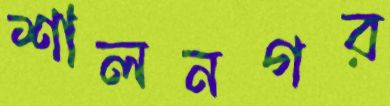
শালনগর